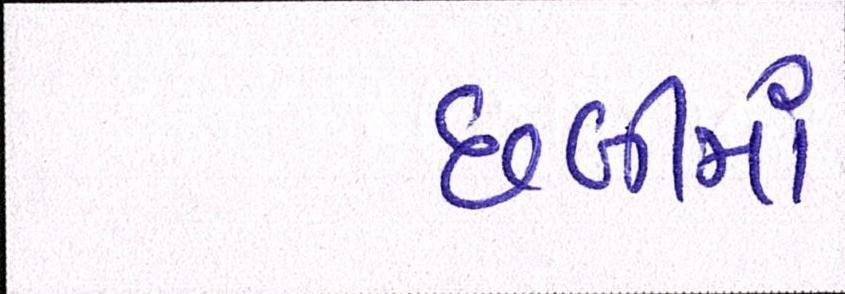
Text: છબીમાં